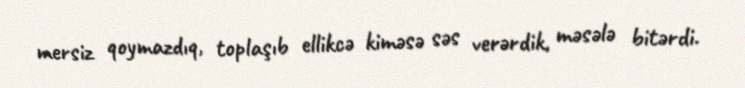
mersiz qoymazdıq, toplaşıb ellikcə kiməsə səs verərdik, məsələ bitərdi.